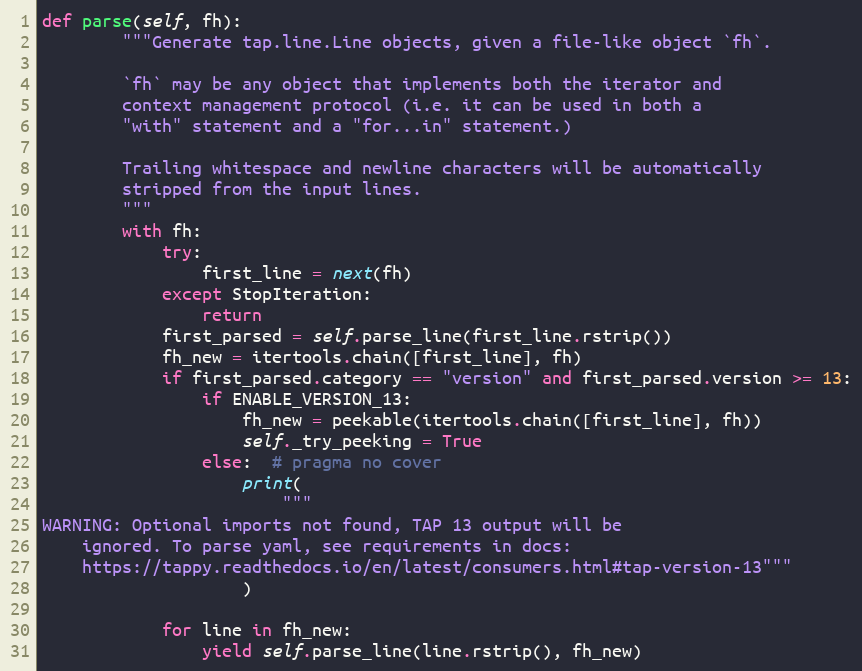
Language: Python
def parse(self, fh):
        """Generate tap.line.Line objects, given a file-like object `fh`.

        `fh` may be any object that implements both the iterator and
        context management protocol (i.e. it can be used in both a
        "with" statement and a "for...in" statement.)

        Trailing whitespace and newline characters will be automatically
        stripped from the input lines.
        """
        with fh:
            try:
                first_line = next(fh)
            except StopIteration:
                return
            first_parsed = self.parse_line(first_line.rstrip())
            fh_new = itertools.chain([first_line], fh)
            if first_parsed.category == "version" and first_parsed.version >= 13:
                if ENABLE_VERSION_13:
                    fh_new = peekable(itertools.chain([first_line], fh))
                    self._try_peeking = True
                else:  # pragma no cover
                    print(
                        """
WARNING: Optional imports not found, TAP 13 output will be
    ignored. To parse yaml, see requirements in docs:
    https://tappy.readthedocs.io/en/latest/consumers.html#tap-version-13"""
                    )

            for line in fh_new:
                yield self.parse_line(line.rstrip(), fh_new)